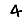
Digit: 4